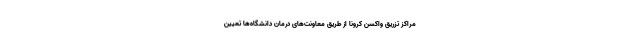
مراکز تزریق واکسن کرونا از طریق معاونت‌های درمان دانشگاه‌ها تعیین